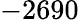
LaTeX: -2690